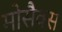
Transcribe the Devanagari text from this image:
मोसैक्स